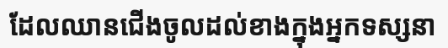
ដែលឈានជើងចូលដល់ខាងក្នុងអ្នកទស្សនា